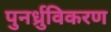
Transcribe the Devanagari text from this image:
पुनर्ध्रुविकरण